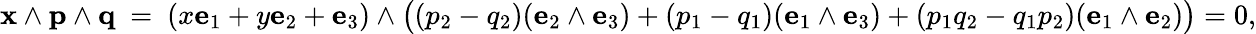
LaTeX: \mathbf{x}\wedge\mathbf{p}\wedge\mathbf{q}\ =\ (x\mathbf{e}_{1}+y\mathbf{e}_{2}+\mathbf{e}_{3})\wedge{\big(}(p_{2}-q_{2})(\mathbf{e}_{2}\wedge\mathbf{e}_{3})+(p_{1}-q_{1})(\mathbf{e}_{1}\wedge\mathbf{e}_{3})+(p_{1}q_{2}-q_{1}p_{2})(\mathbf{e}_{1}\wedge\mathbf{e}_{2}){\big)}=0,